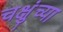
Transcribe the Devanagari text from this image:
चक्षुंच्या